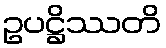
ဥပဋ္ဌိဿတိ